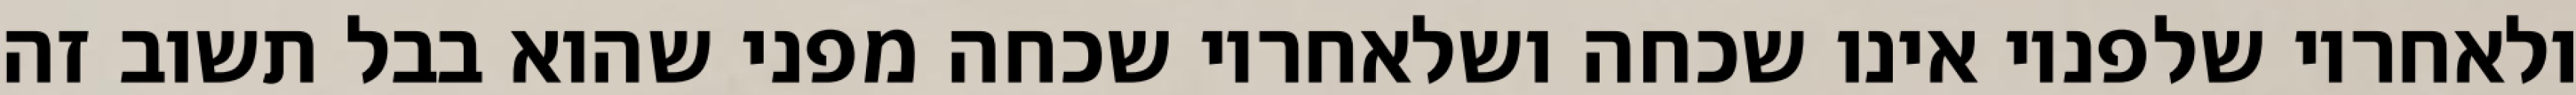
ולאחריו שלפניו אינו שכחה ושלאחריו שכחה מפני שהוא בבל תשוב זה